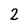
Character: 2